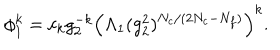
\phi _ { 1 } ^ { k } = c _ { k } g _ { 2 } ^ { - k } \left( \Lambda _ { 1 } ( g _ { 2 } ^ { 2 } ) ^ { N _ { c } / ( 2 N _ { c } - N _ { f } ) } \right) ^ { k } .